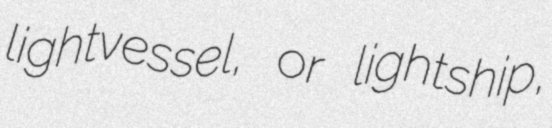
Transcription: lightvessel, or lightship,